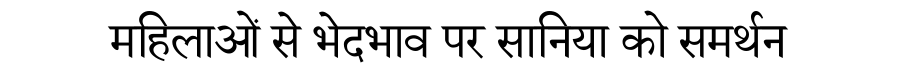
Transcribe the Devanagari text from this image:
महिलाओं से भेदभाव पर सानिया को समर्थन